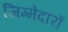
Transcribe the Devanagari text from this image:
जिम्मेदारों